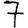
Digit: 7